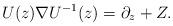
LaTeX: \begin{align*}U(z)\nabla U^{-1}(z)=\partial_z+Z. \end{align*}